Source: Handwritten
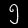
Digit: ၅ (5)